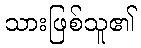
သားဖြစ်သူ၏